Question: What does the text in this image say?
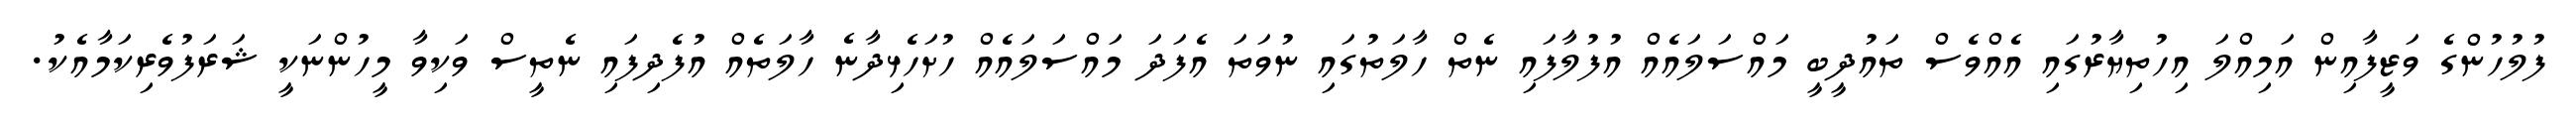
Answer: ފުލުހުންގެ ވަޒީފާއިން އަމިއްލަ އިހުތިޔާރުގައި އެއްވެސް ތައުދީބީ މައްސަލައެއް އުފުލާފައި ނެތް ހާލަތުގައި ނުވަތަ އެފަދަ މައްސަލައެއް ހުށަހެޅިދާނެ ހާލަތެއް އުފެދިފައި ނެތީސް ވަކިވާ މީހުންނަކީ ޝަރަފުވެރިކަމާއެކު.